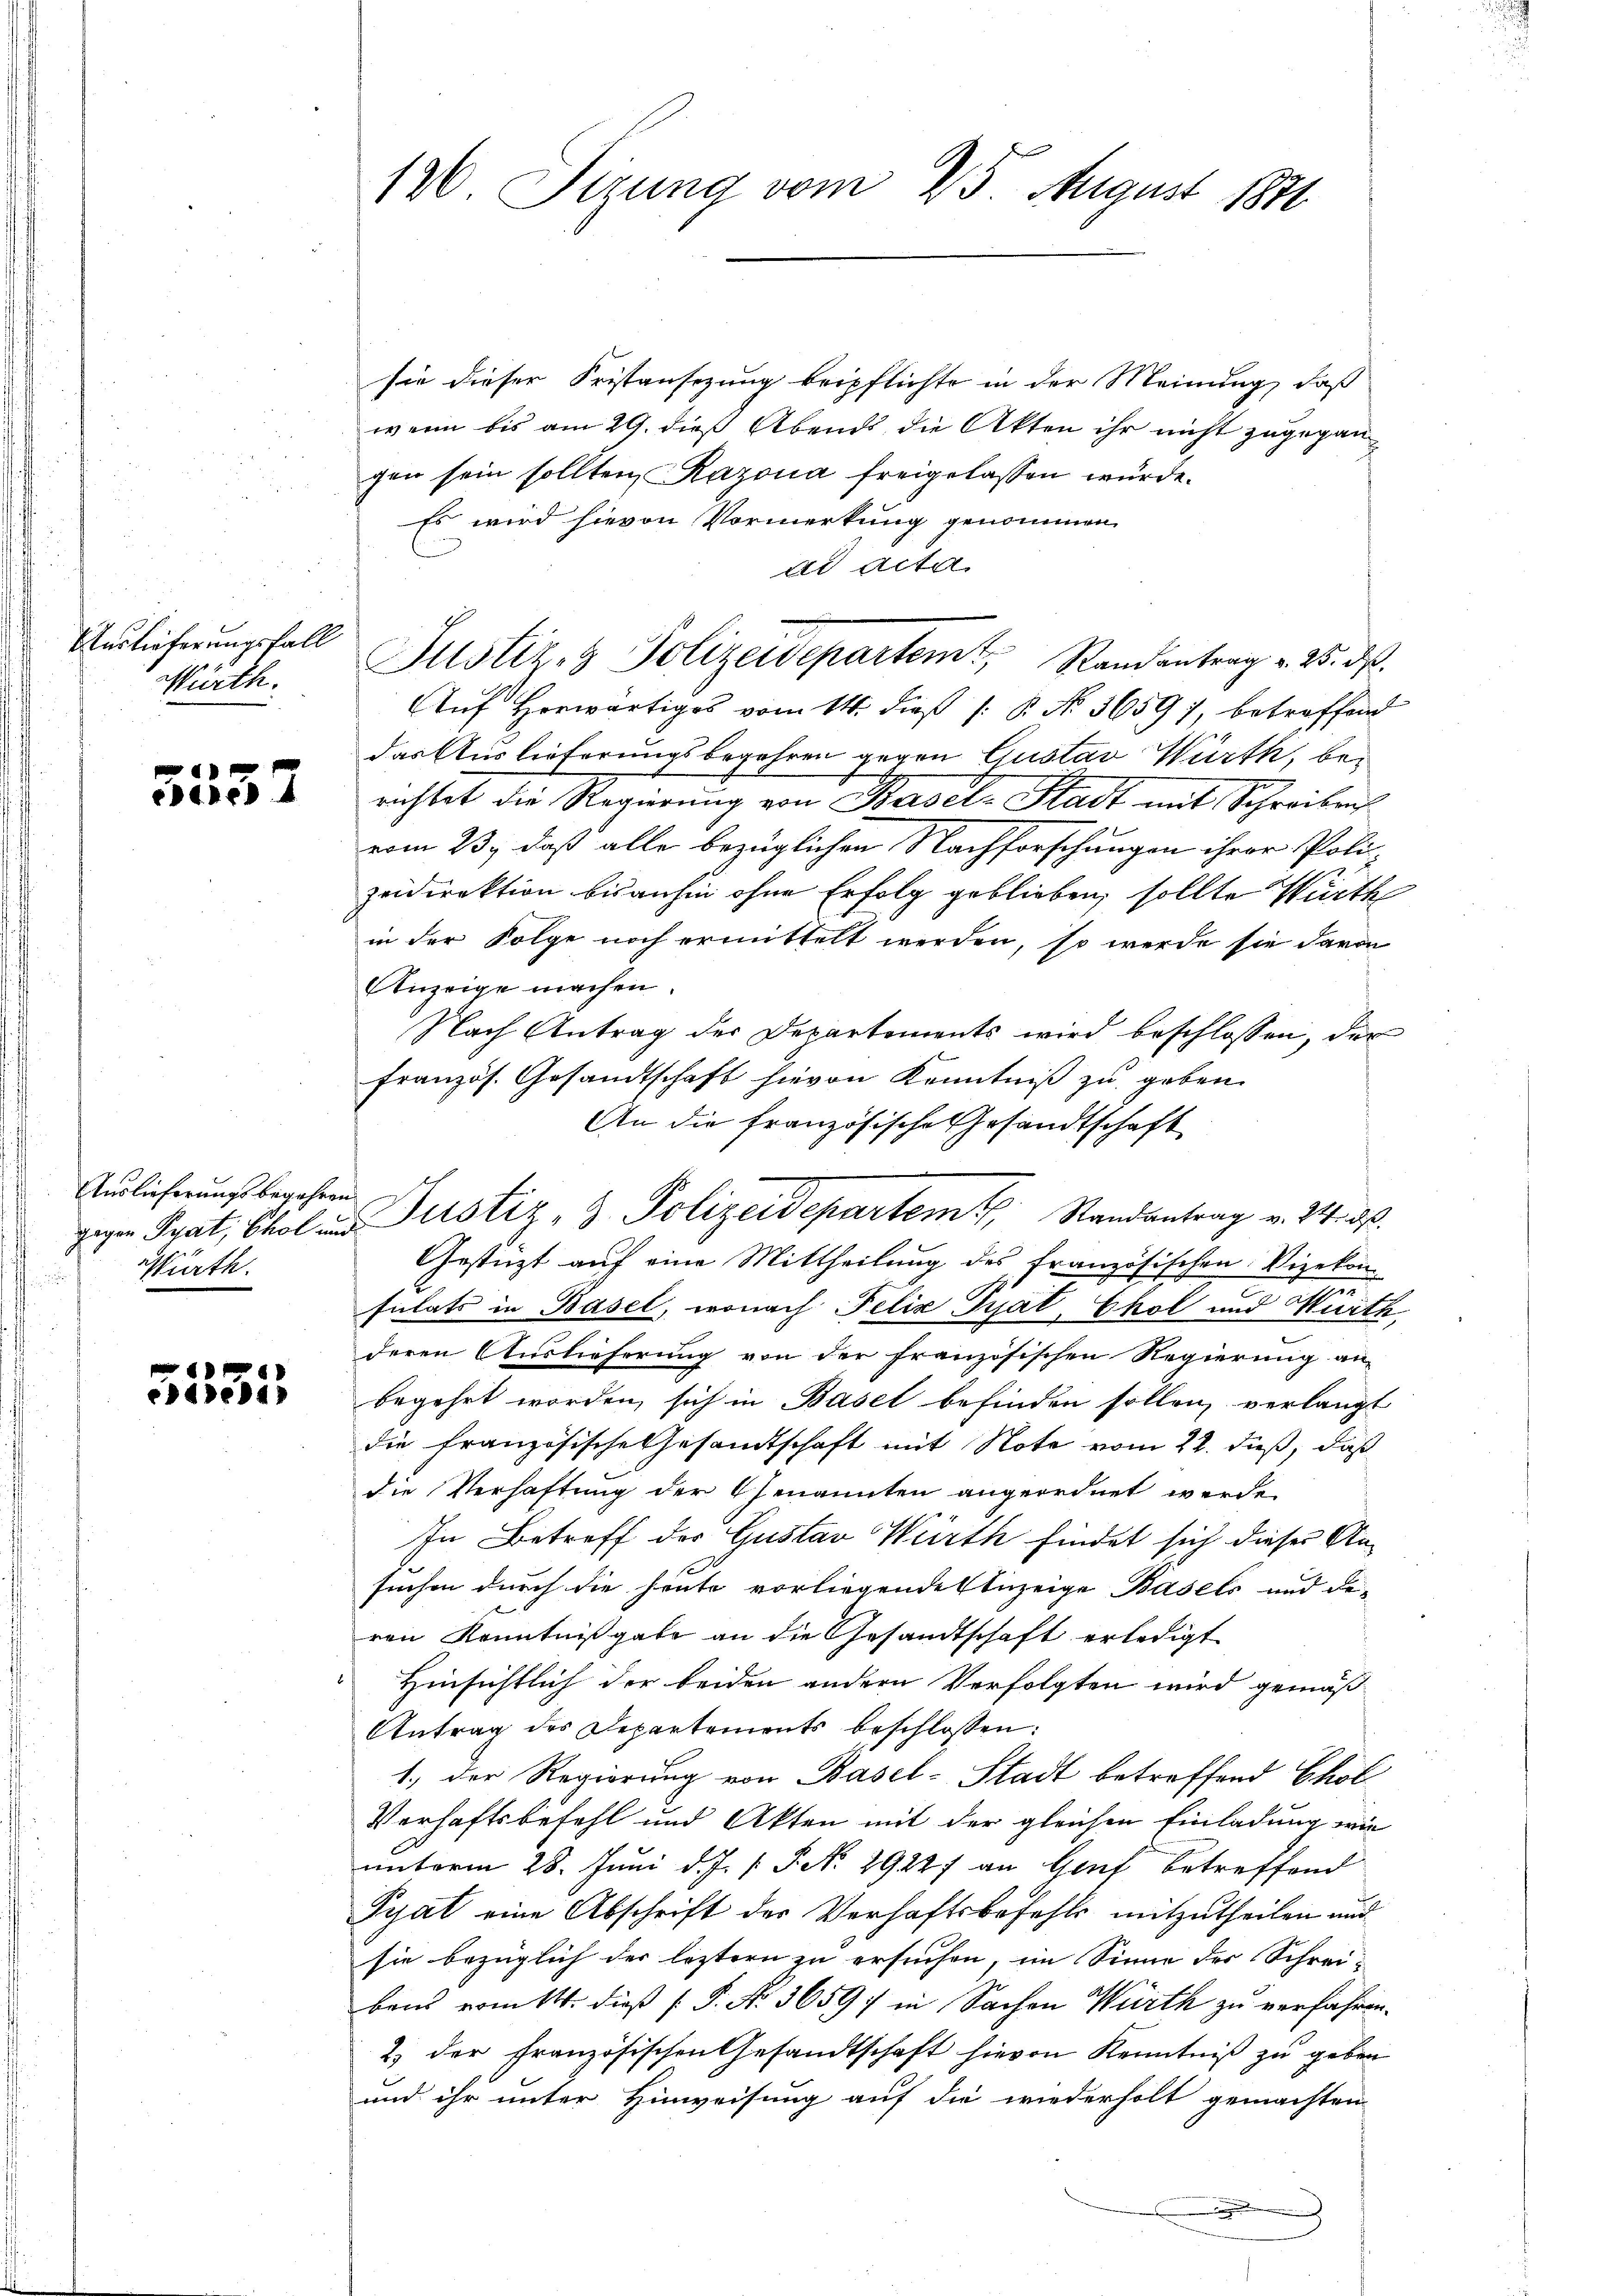
Auslieferungsfall
Würth.

e
edenen

Auslieferungsbegehren.
Würth.
d

s
5552

sie dieser Fristansizung beipflichte in der Meinung, daß
wenn bis am 29. dieß Abends die Akten ihr nicht zugegangen sein sollten, Razona freigelassen würde.
Es wird hievon Vormerkung genommen.
ad acta
Auf Horwärtiges vom 14. dieß (: P. No. 3659), betreffend
das Auslieferungsbegehren gegen Gustav Würth, berichtet die Regierung von Basel-Stadt mit Schreibens
vom 23., daß alle bezüglichen Nachforschungen ihrer Poli-
zeidirektion bisanhin ohne Erfolg geblieben, sollte Würth
in der Folge noch ermittelt werden, so werde sie davon
Anzeige machen.
Nach Antrag der Departements wird beschlossen, der
französ. Gesandtschaft hievon Kenntniß zu geben.
An die französische Gesandtschaft
Gestüzt auf eine Mittheilung des französischen Vizekon-
sulats in Basel, wonach Felix Tal, Chol und Würth
deren Auslieferung von der französischen Regierung an
begehrt worden, sich in Basel befinden sollen, verlangt
die französische Gesandtschaft mit Note vom 22. dieß, daß
die Verhaftung der Genannten angeordnet werde.
In Betreff der Gustav Würth findet sich dieser Ansuchen durch die heute vorliegende Anzeige Basels und de-
ren Kenntnißgabe an die Gesandtschaft erledigt
Hinsichtlich der beiden andern Verfolgten wird gemäß
Antrag des Departements beschlossen:
1.) Der Regierung von Basel-Stadt betreffend Chol
Verhaftsbefehl und Akten mit der gleichen Einladung wie
unterm 28. Juni d. J. P. P. N. 29227 an Genf betreffend
Pyat eine Abschrift des Verhaftsbefehls mitzutheilen und
sie bezüglich der leztern zu ersuchen, im Sinne des Schreibens vom 14. dieß P. P. Nr. 3659; in Sachen Würth zu verfahren.
2) der französischen Gesandtschaft hievon Kenntniß zu geben
und ihr unter Hinweisung auf die wiederholt gemachten

136 Sizung vom 25. August 1871

gegen Prat, Cholen Justiz- & Polizeidepartem Randantrag v. 2. ds.

Justiz- & Polizeidepartemt, Randantrag v. 25. ds.